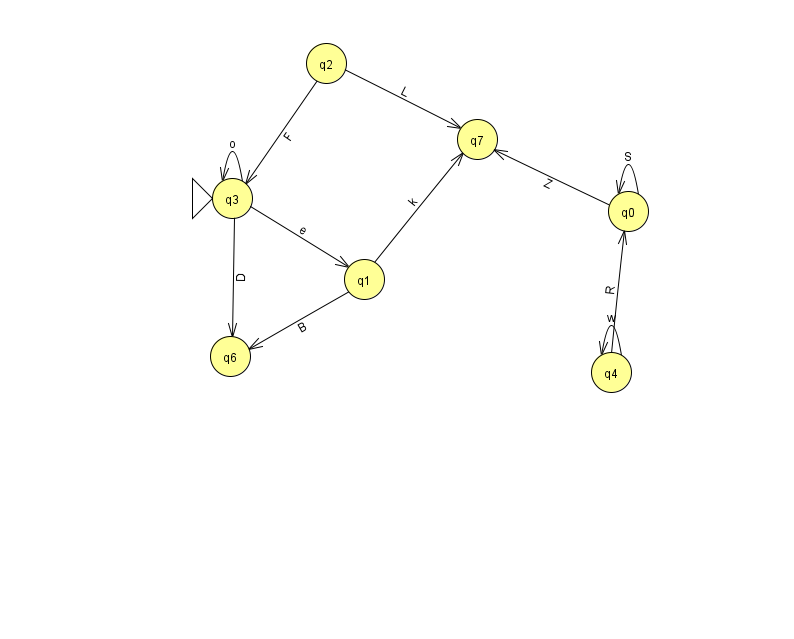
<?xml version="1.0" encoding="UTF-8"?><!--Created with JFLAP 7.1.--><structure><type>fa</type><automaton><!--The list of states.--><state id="0" name="q0"><x>628.0</x><y>198.0</y></state><state id="1" name="q1"><x>364.0</x><y>266.0</y></state><state id="2" name="q2"><x>326.0</x><y>50.0</y></state><state id="3" name="q3"><x>232.0</x><y>185.0</y><initial/></state><state id="4" name="q4"><x>611.0</x><y>359.0</y></state><state id="6" name="q6"><x>230.0</x><y>343.0</y></state><state id="7" name="q7"><x>477.0</x><y>126.0</y></state><!--The list of transitions.--><transition><from>0</from><to>0</to><read>S</read></transition><transition><from>3</from><to>1</to><read>e</read></transition><transition><from>2</from><to>3</to><read>F</read></transition><transition><from>0</from><to>7</to><read>Z</read></transition><transition><from>4</from><to>4</to><read>w</read></transition><transition><from>4</from><to>0</to><read>R</read></transition><transition><from>1</from><to>7</to><read>k</read></transition><transition><from>1</from><to>6</to><read>B</read></transition><transition><from>3</from><to>6</to><read>D</read></transition><transition><from>2</from><to>7</to><read>L</read></transition><transition><from>3</from><to>3</to><read>o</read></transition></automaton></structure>